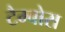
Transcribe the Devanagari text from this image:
टैम्बोरा